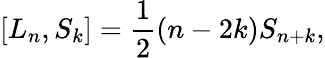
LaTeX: \left[L_{n},S_{k}\right]=\frac{1}{2}(n-2k)S_{n+k},